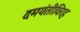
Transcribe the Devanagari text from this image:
दमयंतीविरह